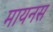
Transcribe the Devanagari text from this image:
मायनस